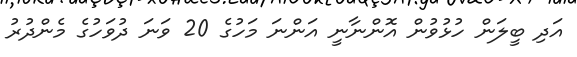
އަދި ބީލަން ހުޅުވުން އޮންނާނީ އަންނަ މަހުގެ 20 ވަނަ ދުވަހުގެ މެންދުރު